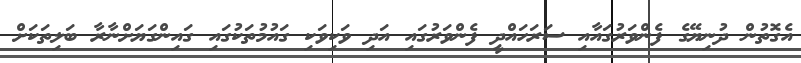
އެގޮތުން ދުނިޔޭގެ ފެންވަރުގައާއި ސަރަހައްދީ ފެންވަރުގައި އަދި ވަކިވަކި ގައުމުތަކުގައި ގައިންގަޔަށްނާރާ ބަލިތަކަށް